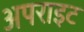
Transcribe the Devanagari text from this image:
अपराइट